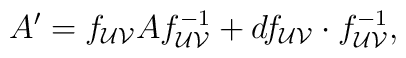
A^{\prime} = f_{{\cal{U}}{\cal{V}}}Af^{-1}_{{\cal{U}}{\cal{V}}} +df_{{\cal{U}}{\cal{V}}} \cdot f^{-1}_{{\cal{U}}{\cal{V}}},